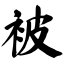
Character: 被